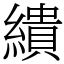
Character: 繢